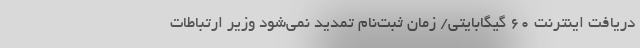
دریافت اینترنت ۶۰ گیگابایتی/ زمان ثبت‌نام تمدید نمی‌شود وزیر ارتباطات